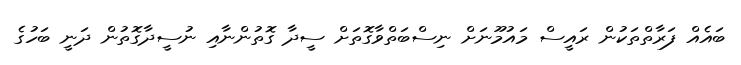
ބައެއް ފަރާތްތަކުން ރައީސް މައުމޫނަށް ނިސްބަތްވާގޮތަށް ސީދާ ގޮތުންނާއި ނުސީދާގޮތުން ދަނީ ބަހުގެ